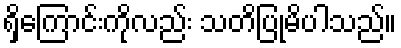
ရှိကြောင်းကိုလည်း သတိပြုမိပါသည်။